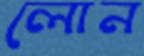
লোন